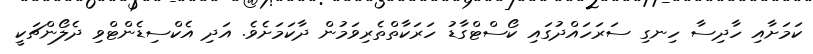
ކަމަށާއި ހާދިސާ ހިނގި ސަރަހައްދުގައި ކޯސްޓްގާޑު ހަރަކާތްތެރިވަމުން ދާކަމަށެވެ. އަދި އެކްސިޑެންޓްވި ދެލޯންޗަކީ